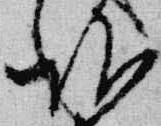
頭